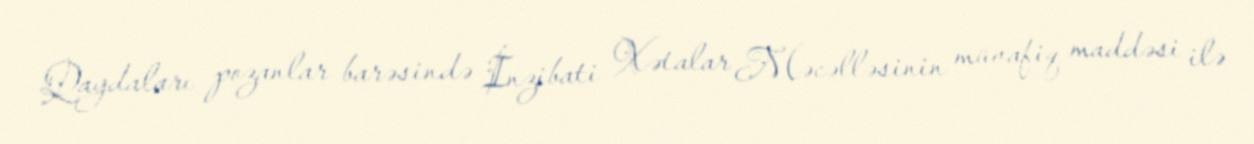
Qaydaları pozanlar barəsində İnzibati Xətalar Məcəlləsinin müvafiq maddəsi ilə